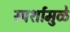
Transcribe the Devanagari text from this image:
स्पर्शामुळे